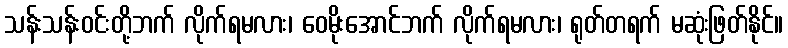
သန်းသန်းဝင်းတို့ဘက် လိုက်ရမလား၊ ဝေမိုးအောင်ဘက် လိုက်ရမလား၊ ရုတ်တရက် မဆုံးဖြတ်နိုင်။